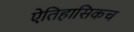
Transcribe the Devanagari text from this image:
ऐतिहासिकच